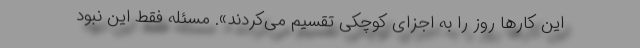
این کارها روز را به اجزای کوچکی تقسیم می‌کردند». مسئله فقط این نبود